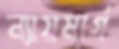
ন্যায়মার্গ